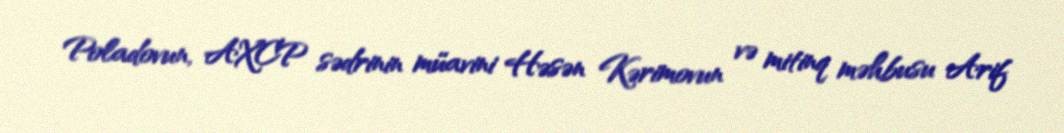
Poladovun, AXCP sədrinin müavini Həsən Kərimovun və mitinq məhbusu Arif